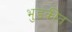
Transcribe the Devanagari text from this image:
भुडकीत